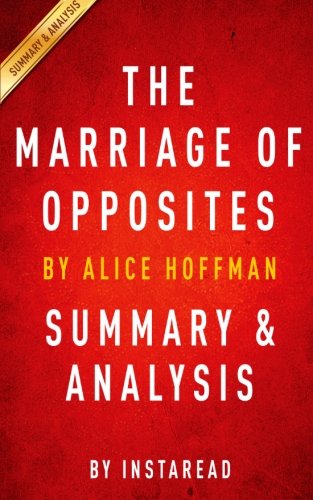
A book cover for The Marriage of Opposites: by Alice Hoffman | Summary & Analysis; Instaread; Literature & Fiction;